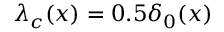
\lambda _ { c } ( x ) = 0 . 5 \delta _ { 0 } ( x )